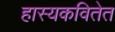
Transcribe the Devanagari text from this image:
हास्यकवितेत